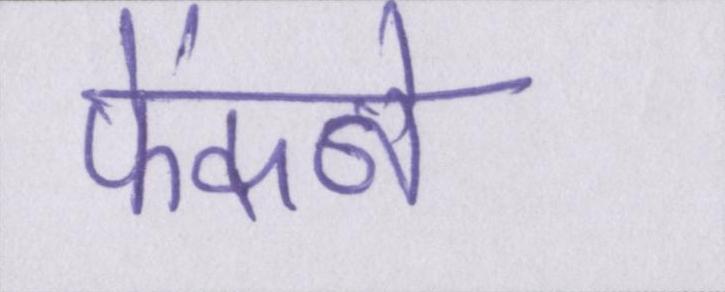
फेंकने